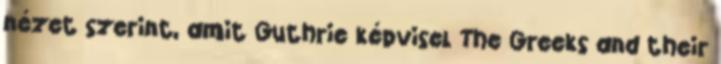
nézet szerint, amit Guthrie képvisel The Greeks and their